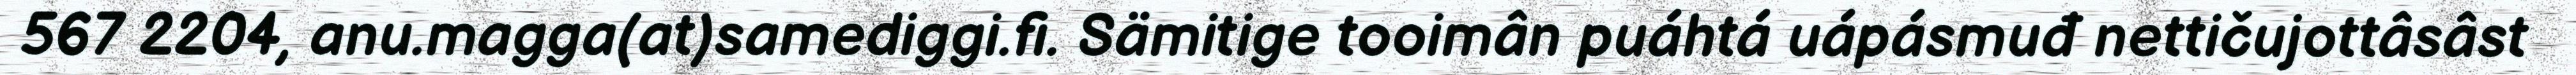
567 2204, anu.magga(at)samediggi.fi. Sämitige tooimân puáhtá uápásmuđ nettičujottâsâst